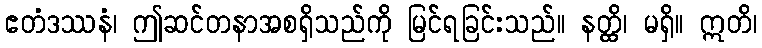
ဧတံဒဿနံ၊ ဤဆင်တနာအစရှိသည်ကို မြင်ရခြင်းသည်။ နတ္ထိ၊ မရှိ။ ဣတိ၊